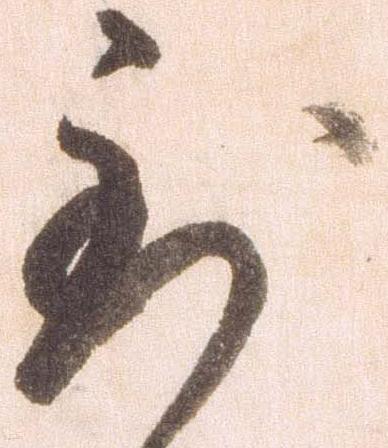
到